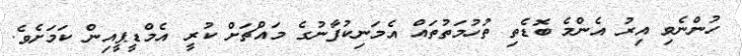
ހުންނެވި އިރު އެންމެ ބޮޑެތި ތުހުމަތުތައް އެމަނިކުފާނުގެ މައްޗަށް ކުރީ އެމްޑީޕީއިން ކަމަށެވެ.